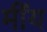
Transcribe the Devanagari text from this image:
मींय